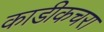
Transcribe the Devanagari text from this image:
काडीकचरा